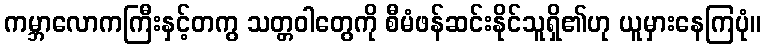
ကမ္ဘာလောကကြီးနှင့်တကွ သတ္တဝါတွေကို စီမံဖန်ဆင်းနိုင်သူရှိ၏ဟု ယူမှားနေကြပုံ။